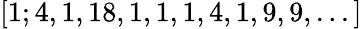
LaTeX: [1;4,1,18,1,1,1,4,1,9,9,...]